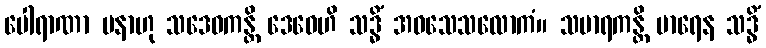
ပေါရာဏာ ပနာဟု သဒေဝကန္တိ ဒေဝေဟိ သဒ္ဓိံ အဝသေသလောကံ။ သမာရကန္တိ မာရေန သဒ္ဓိံ